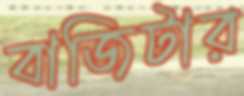
বাজিটার